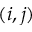
( i , j )